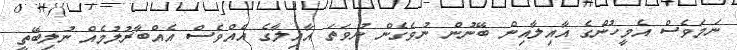
ނަމަވެސް އެމީހުންގެ އާއިލާއިން ބޭނުން ނުވެގެން ނުވަތަ އާއިލާގެ އެއްވެސް އެއްބާރުލުމެއް ނުލިބޭތީ